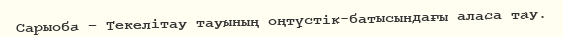
Сарыоба – Текелітау тауының оңтүстік-батысындағы аласа тау.